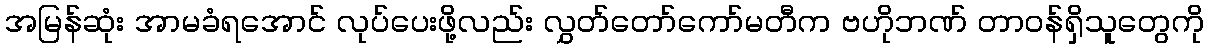
အမြန်ဆုံး အာမခံရအောင် လုပ်ပေးဖို့လည်း လွှတ်တော်ကော်မတီက ဗဟိုဘဏ် တာဝန်ရှိသူတွေကို